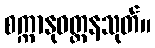
စက္ကာနုဝတ္တနသုတ်။